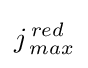
j_{\,max}^{\,red}